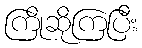
ကြိုဆိုကြပြီး